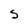
Character: S